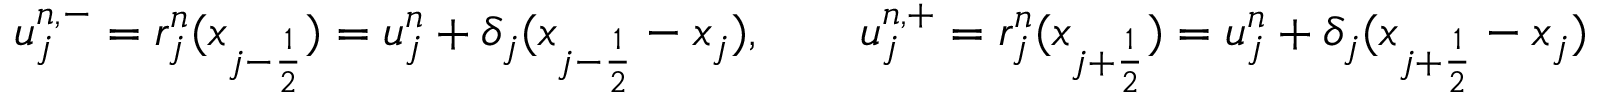
u _ { j } ^ { n , - } = r _ { j } ^ { n } ( x _ { { j - \frac { 1 } { 2 } } } ) = u _ { j } ^ { n } + \delta _ { j } ( x _ { { j - \frac { 1 } { 2 } } } - x _ { j } ) , \qquad u _ { j } ^ { n , + } = r _ { j } ^ { n } ( x _ { { j + \frac { 1 } { 2 } } } ) = u _ { j } ^ { n } + \delta _ { j } ( x _ { { j + \frac { 1 } { 2 } } } - x _ { j } )